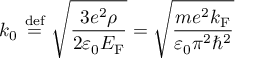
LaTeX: k _ { 0 } \ { \stackrel { \mathrm { d e f } } { = } } \ { \sqrt { \frac { 3 e ^ { 2 } \rho } { 2 \varepsilon _ { 0 } E _ { \mathrm { F } } } } } = { \sqrt { \frac { m e ^ { 2 } k _ { \mathrm { F } } } { \varepsilon _ { 0 } \pi ^ { 2 } \hbar ^ { 2 } } } }